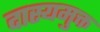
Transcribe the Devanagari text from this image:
दास्यमुक्त